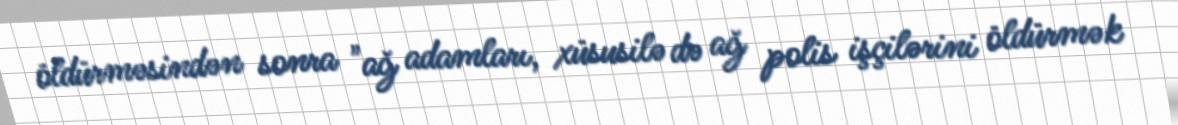
öldürməsindən sonra "ağ adamları, xüsusilə də ağ polis işçilərini öldürmək